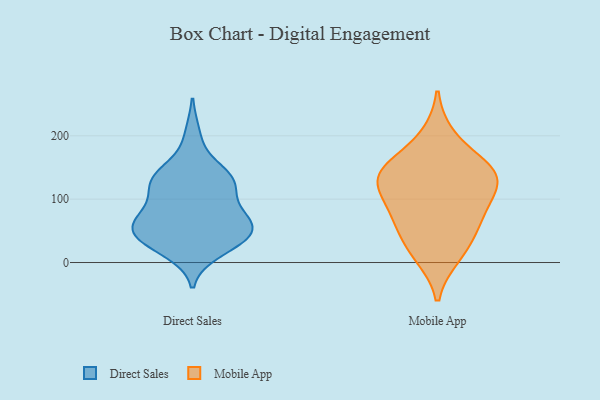
{"axis": {"x": "Humidity (%)", "y": "Value"}, "legend": ["Direct Sales", "Mobile App"], "data": [{"x": "", "y": 135, "type": "Direct Sales"}, {"x": "", "y": 131, "type": "Direct Sales"}, {"x": "", "y": 50, "type": "Direct Sales"}, {"x": "", "y": 42, "type": "Direct Sales"}, {"x": "", "y": 74, "type": "Direct Sales"}, {"x": "", "y": 39, "type": "Direct Sales"}, {"x": "", "y": 41, "type": "Direct Sales"}, {"x": "", "y": 19, "type": "Direct Sales"}, {"x": "", "y": 131, "type": "Direct Sales"}, {"x": "", "y": 32, "type": "Direct Sales"}, {"x": "", "y": 67, "type": "Direct Sales"}, {"x": "", "y": 74, "type": "Direct Sales"}, {"x": "", "y": 200, "type": "Direct Sales"}, {"x": "", "y": 53, "type": "Direct Sales"}, {"x": "", "y": 73, "type": "Direct Sales"}, {"x": "", "y": 130, "type": "Direct Sales"}, {"x": "", "y": 113, "type": "Direct Sales"}, {"x": "", "y": 134, "type": "Direct Sales"}, {"x": "", "y": 198, "type": "Mobile App"}, {"x": "", "y": 12, "type": "Mobile App"}, {"x": "", "y": 136, "type": "Mobile App"}, {"x": "", "y": 131, "type": "Mobile App"}, {"x": "", "y": 74, "type": "Mobile App"}, {"x": "", "y": 57, "type": "Mobile App"}, {"x": "", "y": 78, "type": "Mobile App"}, {"x": "", "y": 108, "type": "Mobile App"}, {"x": "", "y": 148, "type": "Mobile App"}, {"x": "", "y": 137, "type": "Mobile App"}, {"x": "", "y": 23, "type": "Mobile App"}, {"x": "", "y": 145, "type": "Mobile App"}]}